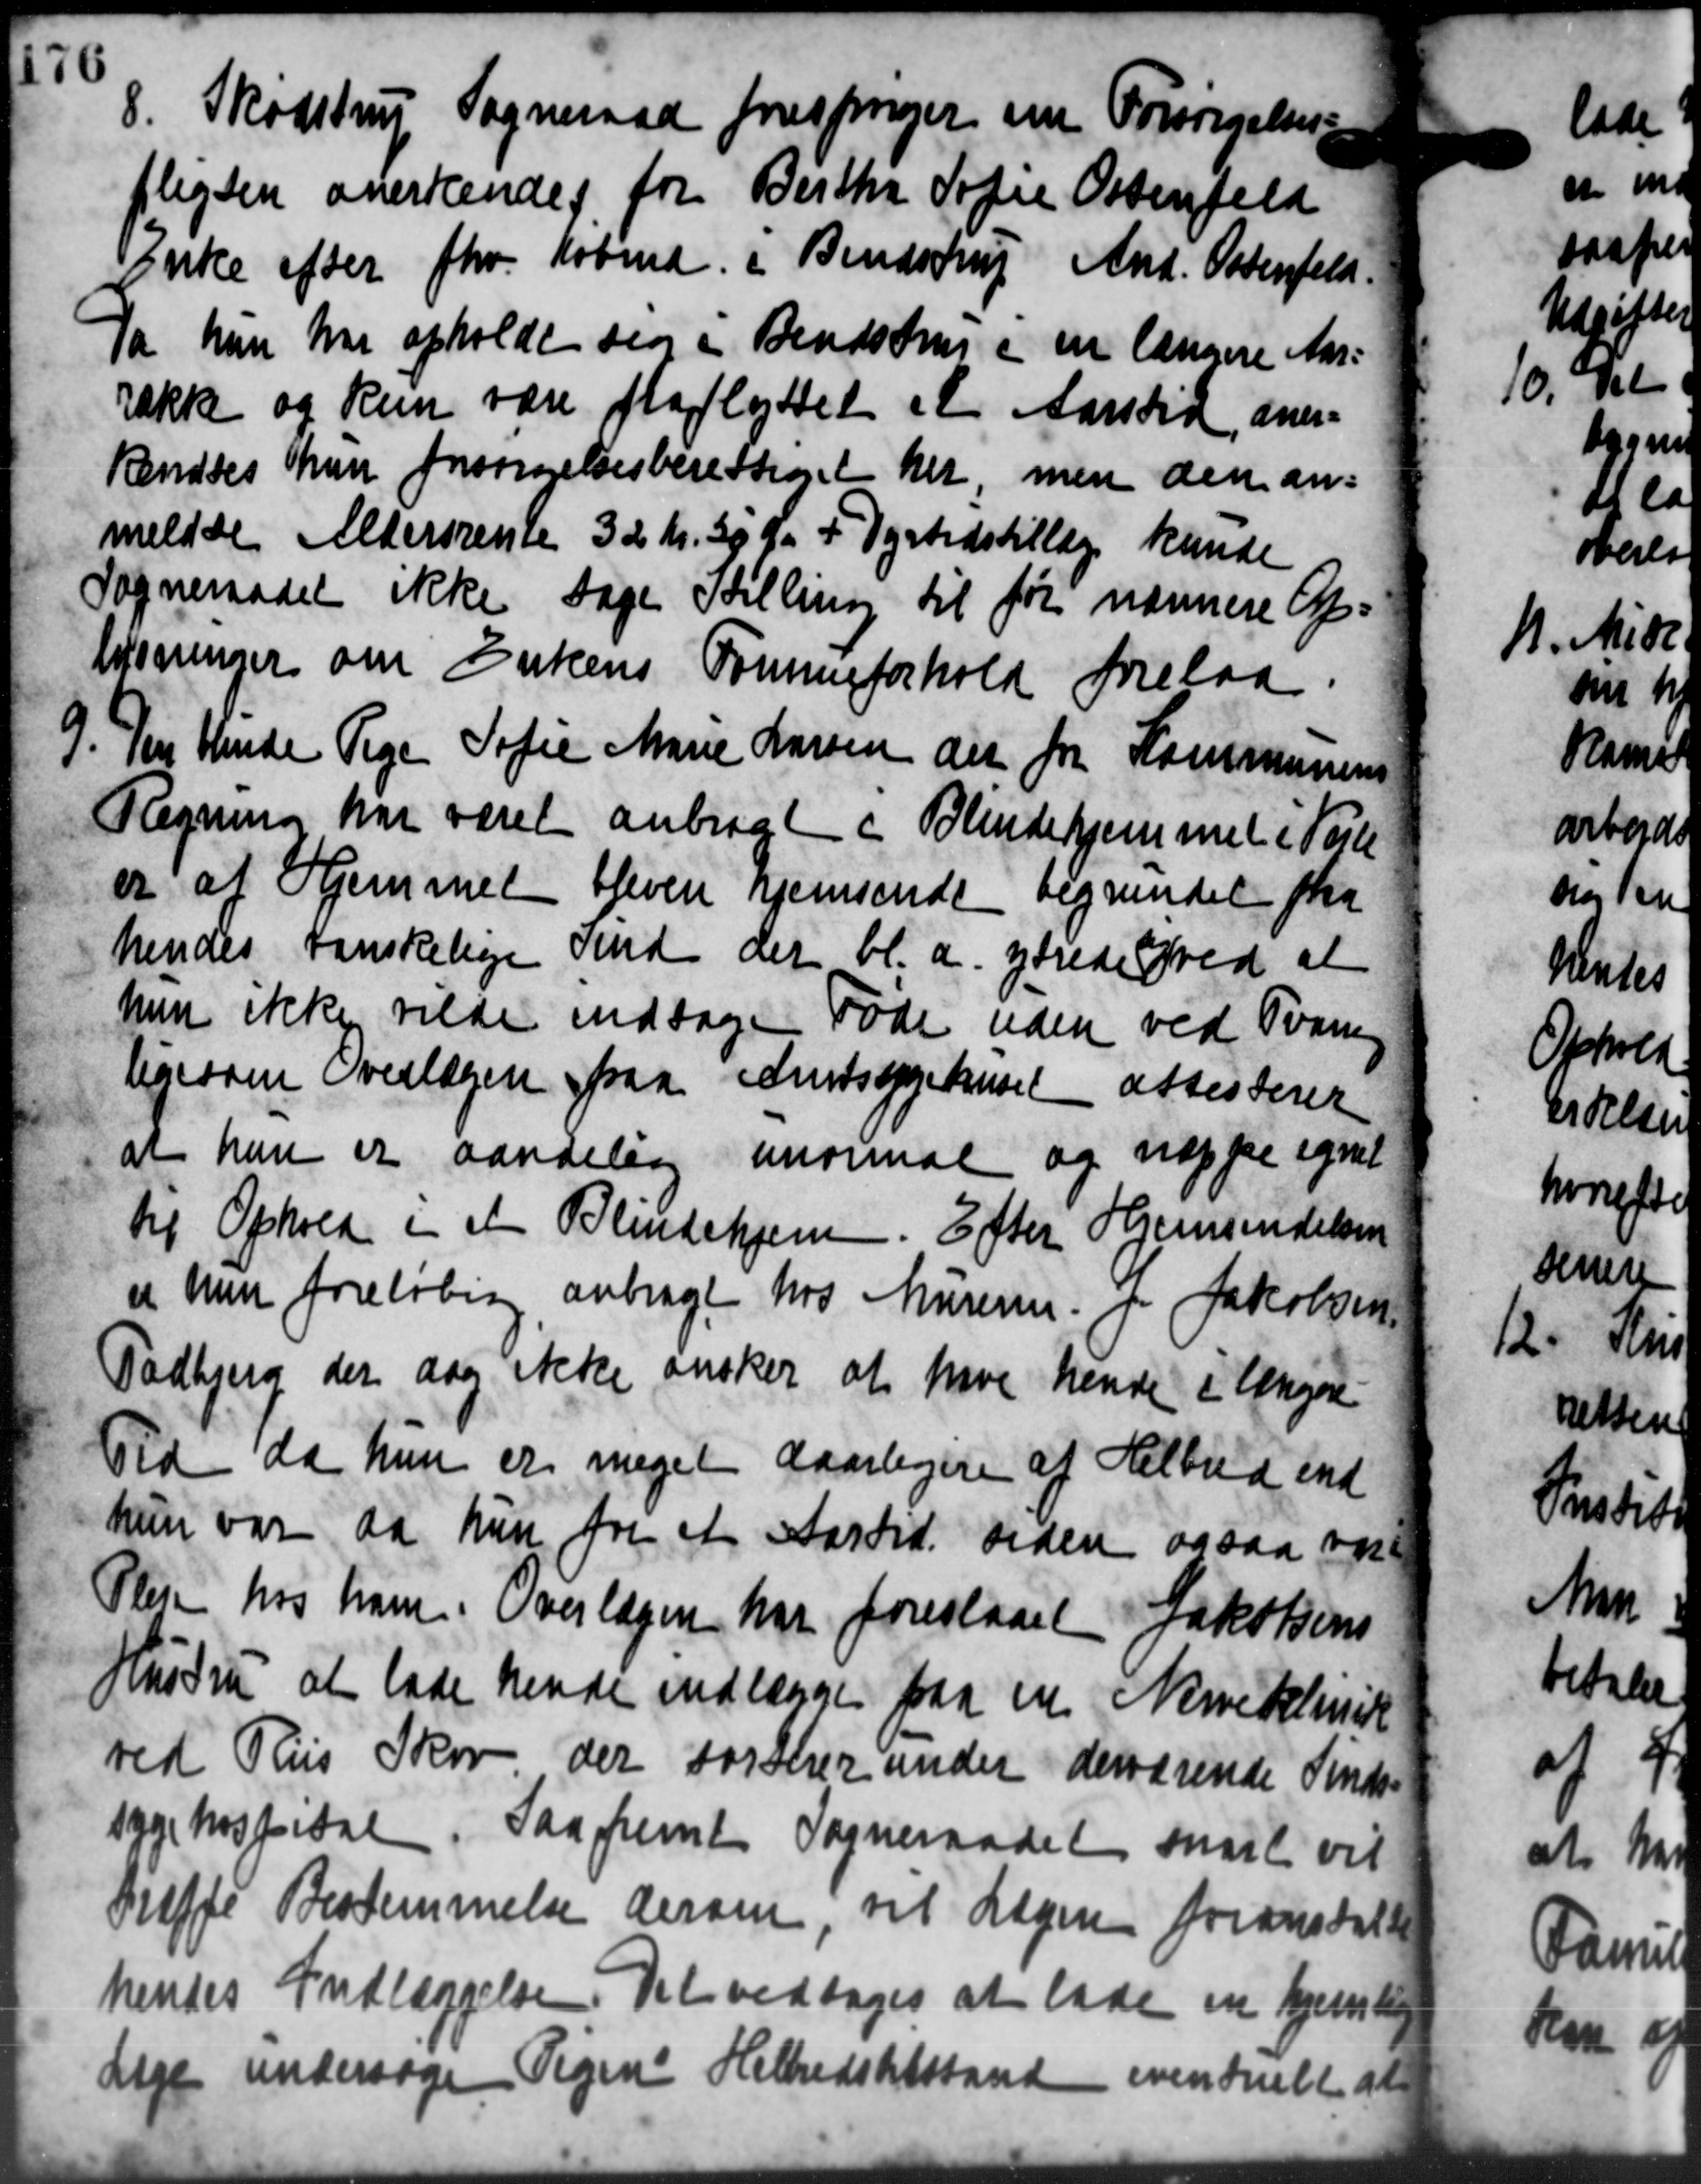
Transskription:
8. Skødstrup Sogneraad forespørger om Forsørgelses
8. Skødstrup Sogneraad forespørger om Forsørgelses
pligten anerkendes for Berthe Sofie Ostenfeld
Enke efter fhv. Købmd. i Bendstrup And. Ostenfeld.
Da han har opholdt sig i Bendsen i en længere Aar-
række og kun være fraflyttet et Aarstid, aner-
kendtes han forsørgelsesberettiget her, men den an=
meldte Aldersrente 32 Kr. 30 Øre + Dyrtidstillæg kunde
Sogneraadet ikke tage Stilling til før nærmere Op=
lysninger om Enkens Formueforhold forelaa
9. Per Hende Pige Sofie Marie Larsen der for Kommunens
9. Per Hende Pige Sofie Marie Larsen der for Kommunens
Regning har været anbragt i Blindehjemmet i Værke
er af Hjemmet blevere hjemsende regnendet fra
hendes danskelige Fmd der bl.a. ydrede ved at
hun ikke vilde indtage Føde uden ved Tvang
ligesom Overlægen paa Amtsygehuset attesterer
at han er aandelig unormal og næppe egnet
til Ophold i et Blindehjem. Efter Hjemsendelsen
et men foreløbig anbragt hos Mureren for Jakobsen
Todbjerg der dog ikke ønsker at have hende i Ungere
Tid da hun er meget daarligere af Helbud ind
hun var da hun for et Aartid siden ogsaa var-
Pleje hos ham. Overlægen har foreslaaet Jakobsens
Hustru at lade hende indlægge paa en Nervedelinik
ved Ris Skov der Forter under derværende Sinds-
sygehospital. Saafremt Sogneraadet snart vil
Træffe Bestemmelse derom, til Lagen foranstalte
hendes Indlæggelse. Det vedtoges at lade en hjemlig
Lage undersøge Pigen Helbredstilstanden eventuelt at